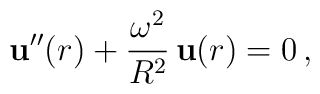
{\bf u}''(r)+\frac{\omega^2}{R^2}\,{\bf u}(r)=0\,{,}